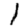
Digit: 1